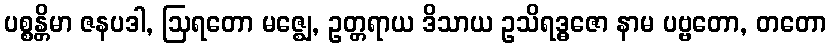
ပစ္စန္တိမာ ဇနပဒါ, ဩရတော မဇ္ဈေ, ဥတ္တရာယ ဒိသာယ ဥသိရဒ္ဓဇော နာမ ပဗ္ဗတော, တတော